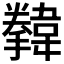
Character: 𩏗